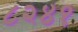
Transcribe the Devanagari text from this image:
८२४१